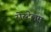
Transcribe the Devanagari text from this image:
रोस्टेलम